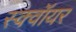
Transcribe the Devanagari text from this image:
स्क्वॉयर